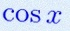
\cos x